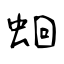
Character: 蛔